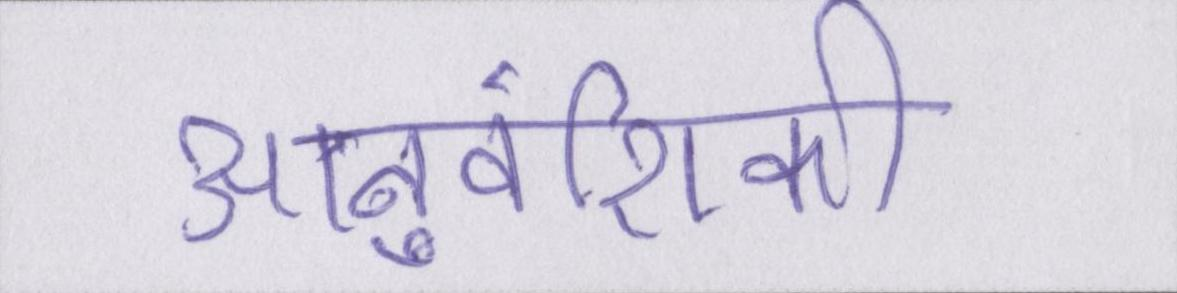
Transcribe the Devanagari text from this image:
आनुवंशिकी